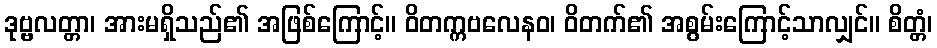
ဒုဗ္ဗလတ္တာ၊ အားမရှိသည်၏ အဖြစ်ကြောင့်။ ဝိတက္ကဗလေနဝ၊ ဝိတက်၏ အစွမ်းကြောင့်သာလျှင်။ စိတ္တံ၊